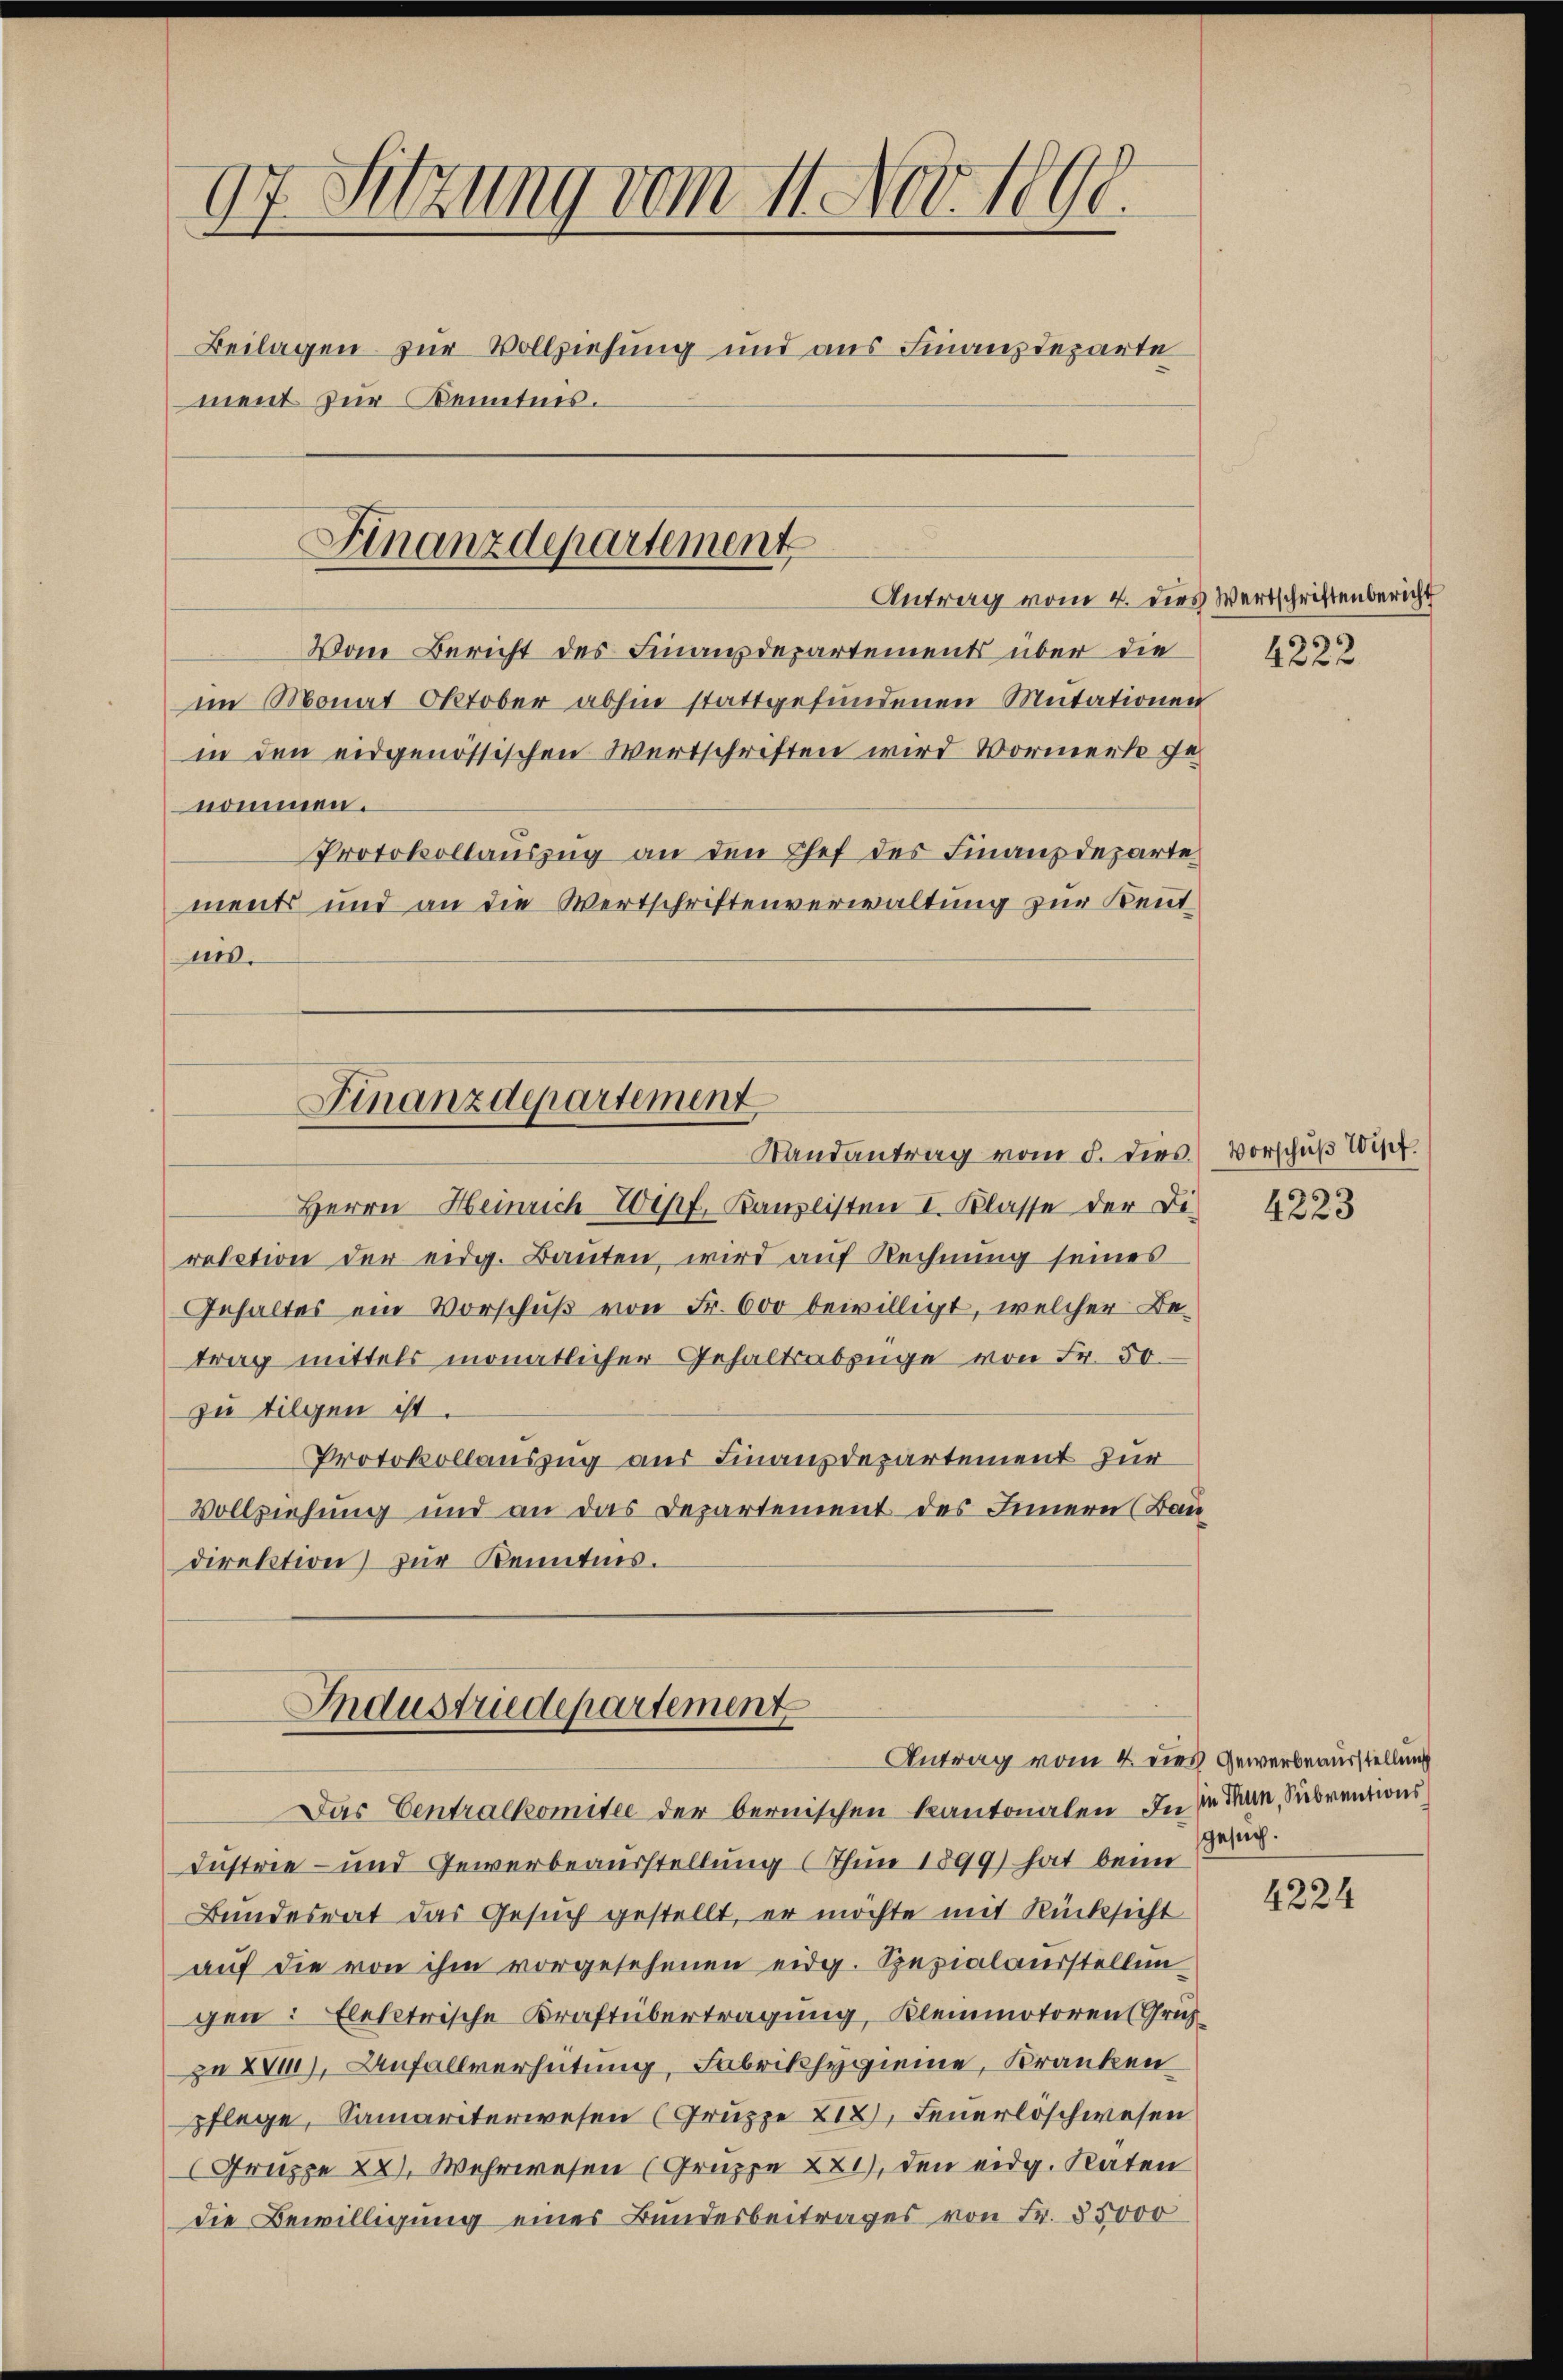
97. Sitzung vom 11. Nov. 1890.
Beilagen zur Vollziehung und aus Finanzdeparte
ment zur Kenntnis.

Finanzdepartement

Finanzdepartement
Randantrag vom 5. dies.

Herrn Heinrich Wipf, Kanzlisten I. Klasse der Di-
relation der eidg. Baŭten, wird auf Rechnung seines
Gehaltes ein Vorschŭβ von Fr. 600 bewilligt, welcher Be-
trag mittels monatlicher Gehaltsabzüge von Fr. 50.
zu tilgen ist.
Protokollauszug aus Finanzdepartement zur
Vollziehung und an das Departement des Innern (Baudirektion zur Kenntnis.

Antrag vom 4. dies Wertschriftenbericht
Vom Bericht des Finanzdepartements über die 4
im Monat Oktober abhin stattgefundenen Mutationen
in den eidgenössischen Wertschriften wird Vorment genommen.
Protokollauszug an den Chef der Finanzdeparte
ments und an die Wertschriftenverwaltung zur Kenntmis.

Industriedepartement
Antrag vom 4. die

Das Centralkomitee der bernischen Kantonalen. In die Man, Subventions
Dustrie- und Gewerbeausstellung (Thun 1899) hat beim Band.
Bundesrat das Gesuch gestellt, er möchte mit Rücksicht
aŭf die von ihm vorgesehenen eidg. Spezialausstellun
gen: Elektrische Kraftübertragung, Kleinmotoren (Grus
zn XVII), Anfallverhütung, Fabrikhygienne, Kranken
pflege, Samariterwesen (Gruppe 212, Feuerloschwesen
Gruppe 28. Wehrwesen (Gruppe XX1), den eidg. Raten
die Bewilligung einer Bundesbeitrages von Fr. 35000

Vorschuß Wipf.

4223

es Gewerbeausstellung

4224